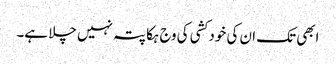
ابھی تک ان کی خود کشی کی وج ہکا پتہ نہیں چلا ہے۔